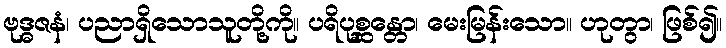
ဗုဒ္ဓဇနံ၊ ပညာရှိသောသူတို့ကို။ ပရိပုစ္ဆန္တော၊ မေးမြန်းသော။ ဟုတွာ၊ ဖြစ်၍။